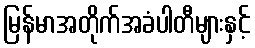
မြန်မာအတိုက်အခံပါတီများနှင့်